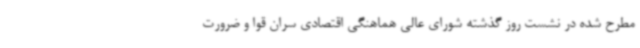
مطرح شده در نشست روز گذشته شورای عالی هماهنگی اقتصادی سران قوا و ضرورت